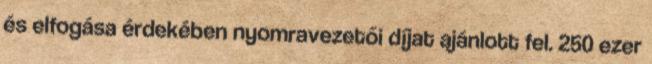
és elfogása érdekében nyomravezetői díjat ajánlott fel. 250 ezer